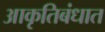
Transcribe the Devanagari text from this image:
आकृतिबंधात